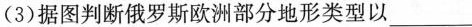
(3)据图判断俄罗斯欧洲部分地形类型以___